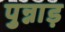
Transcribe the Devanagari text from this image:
पुन्नाड़